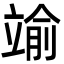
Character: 𮄶